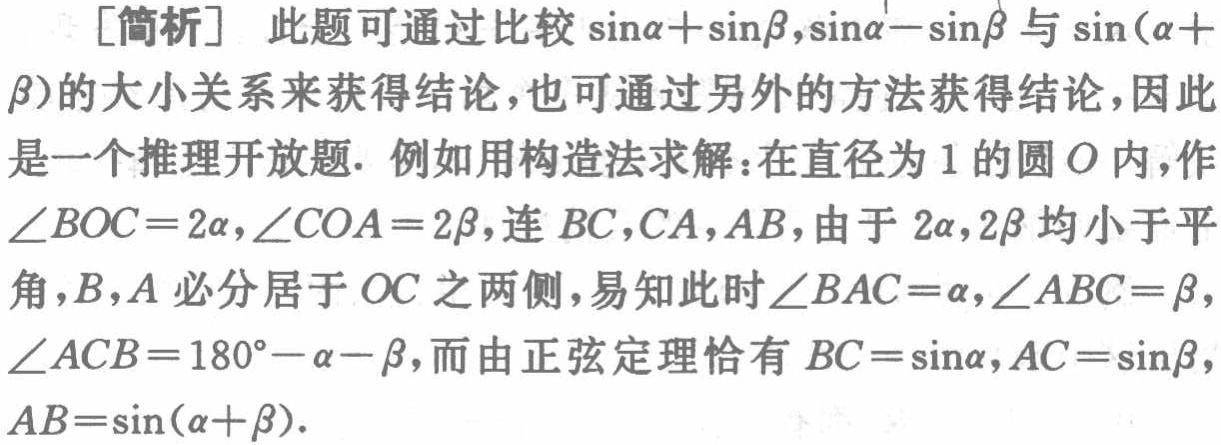
[简析] 此题可通过比较\(\sin\alpha+\sin\beta,\sin\alpha - \sin\beta\)与\(\sin(\alpha + \beta)\)的大小关系来获得结论，也可通过另外的方法获得结论，因此是一个推理开放题. 例如用构造法求解：在直径为\(1\)的圆\(O\)内，作\(\angle BOC = 2\alpha,\angle COA = 2\beta\)，连\(BC,CA,AB\)，由于\(2\alpha,2\beta\)均小于平角，\(B,A\)必分居于\(OC\)之两侧，易知此时\(\angle BAC=\alpha,\angle ABC = \beta\)，\(\angle ACB = 180^{\circ}-\alpha - \beta\)，而由正弦定理恰有\(BC = \sin\alpha,AC = \sin\beta\)，\(AB=\sin(\alpha + \beta)\).